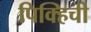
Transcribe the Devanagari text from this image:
पिक्हिची